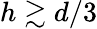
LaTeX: h\gtrsim d/3